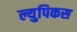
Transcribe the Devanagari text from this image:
ल्युपिकस